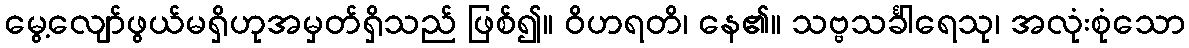
မွေ့လျော်ဖွယ်မရှိဟုအမှတ်ရှိသည် ဖြစ်၍။ ဝိဟရတိ၊ နေ၏။ သဗ္ဗသင်္ခါရေသု၊ အလုံးစုံသော